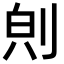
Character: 𪟇